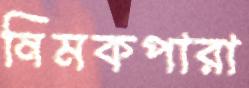
নিমকপারা